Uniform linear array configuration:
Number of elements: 16
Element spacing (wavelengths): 1
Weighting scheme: blackman
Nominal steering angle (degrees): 45
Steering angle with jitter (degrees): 43.17
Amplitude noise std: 0.05
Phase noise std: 0.05

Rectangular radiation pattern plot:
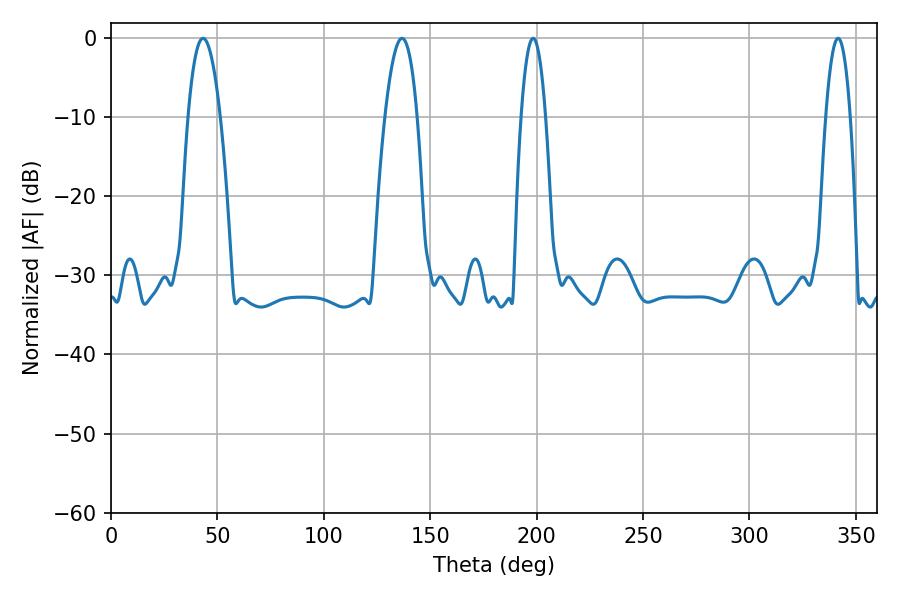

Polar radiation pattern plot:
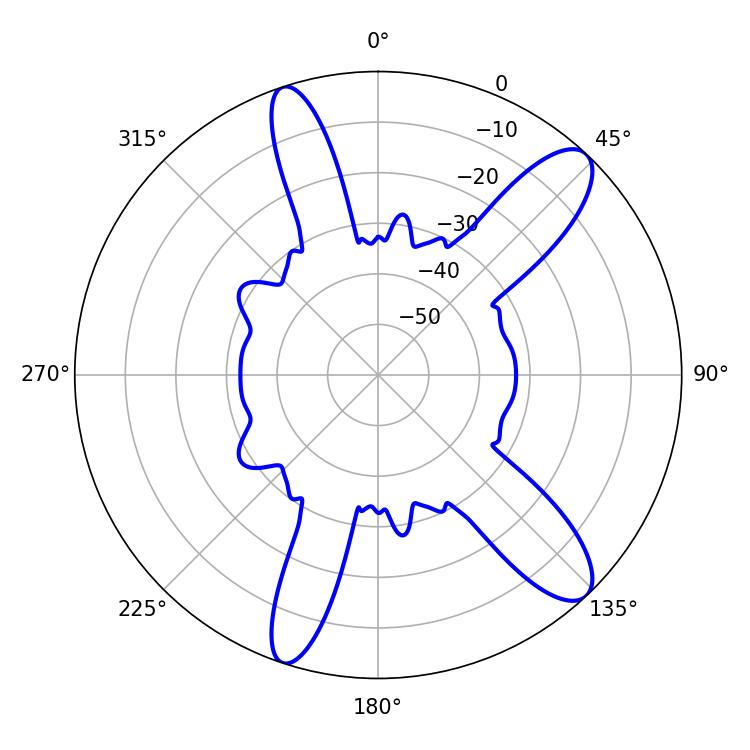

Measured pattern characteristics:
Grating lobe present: TRUE
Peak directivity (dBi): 11.559
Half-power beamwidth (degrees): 6.48
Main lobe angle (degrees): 198.36